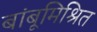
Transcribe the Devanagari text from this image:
बांबूमिश्रित